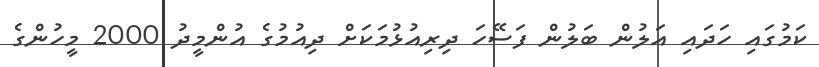
ކަމުގައި ހަދައި އަލުން ބަލުން ފަސޭހަ ދިރިއުޅުމަކަށް ދިއުމުގެ އުންމީދު 2000 މީހުންގެ